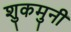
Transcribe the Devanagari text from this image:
शुकमुनी